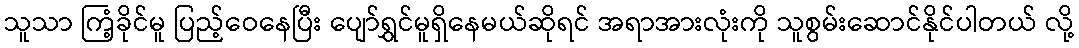
သူသာ ကြံ့ခိုင်မူ ပြည့်ဝေနေပြီး ပျော်ရွှင်မူရှိနေမယ်ဆိုရင် အရာအားလုံးကို သူစွမ်းဆောင်နိုင်ပါတယ် လို့